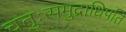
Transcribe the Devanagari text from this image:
चतुःसमुद्राधिपति